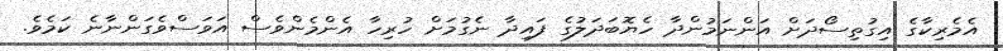
އެމެރިކާގެ އިގުތިސޯދަށް އަންނަމުންދާ ހެޔޮބަދަލުގެ ފައިދާ ނެގުމަށް ހުރިހާ އެންމެންވެސް އަވަސްވެގަންނާނެ ކަމެވެ.